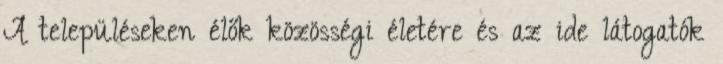
A településeken élők közösségi életére és az ide látogatók